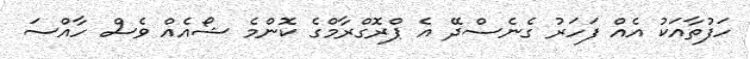
ހަފުތާއަކު އެއް ފަހަރު ގެނެސްދޭ އެ ޕްރޮގްރާމްގެ ކޮންމެ ޝޯއެއް ވެސް ހާއްސަ